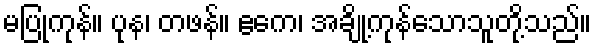
မပြုကုန်။ ပုန၊ တဖန်။ ဧကေ၊ အချို့ကုန်သောသူတို့သည်။